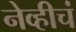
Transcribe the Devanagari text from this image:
नेव्हीचं